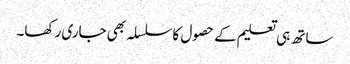
ساتھ ہی تعلیم کے حصول کاسلسلہ بھی جاری رکھا۔